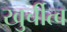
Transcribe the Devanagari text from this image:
खुर्चीत्व